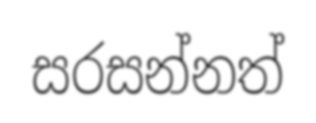
සරසන්නත්